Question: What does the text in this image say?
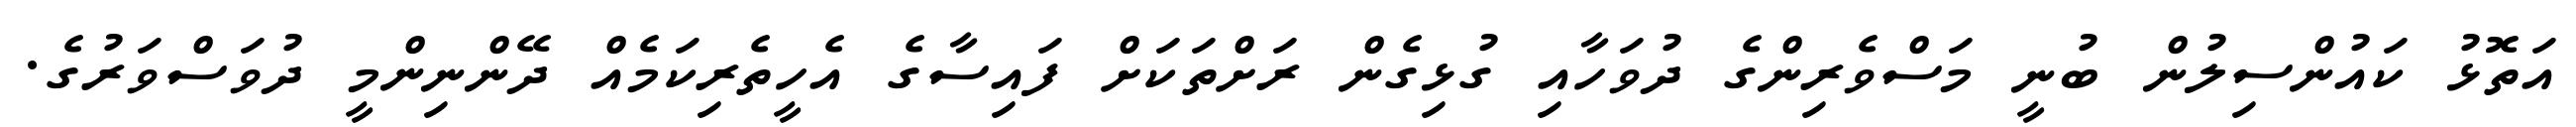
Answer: އަތޮޅު ކައުންސިލުން ބުނީ މަސްވެރިންގެ ދުވަހާއި ގުޅިގެން ރަށްތަކަށް ފައިސާގެ އެހީތެރިކަމެއް ދޭންނިންމީ ދުވަސްވަރުގެ.